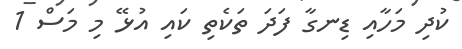
ކުދި މަހާއި ޑިނގާ ފަދަ ތަކެތި ކައި އުޅޭ މި މަސް 1